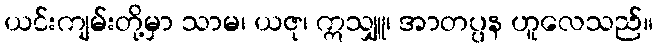
ယင်းကျမ်းတို့မှာ သာမ၊ ယဇု၊ ဣသျှူ၊ အာတပ္ပန ဟူလေသည်။